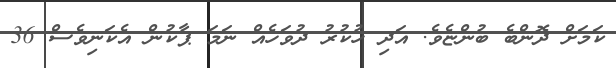
ކަމަށް ދޮންބެ ބުންޏެވެ. އަދި ހުކުރު ދުވަހެއް ނަމަ ޕާކުން އެކަނިވެސް 36